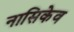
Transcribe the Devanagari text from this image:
नासिकेव